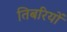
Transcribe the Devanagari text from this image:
तिबरियों